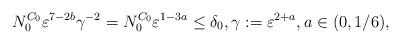
LaTeX: \begin{align*}N_0^{C_0} \varepsilon^{7- 2 b} \gamma^{-2}=N_0^{C_0} \varepsilon^{1-3 a}\le \delta_0, \gamma:=\varepsilon^{2+a}, a\in (0, 1/6),\end{align*}